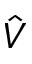
\hat { V }